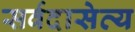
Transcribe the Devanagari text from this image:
सर्वदासेव्य